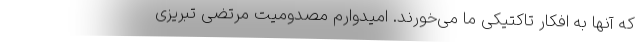
که آنها به افکار تاکتیکی ما می‌خورند. امیدوارم مصدومیت مرتضی تبریزی